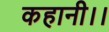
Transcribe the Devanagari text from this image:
कहानी।।